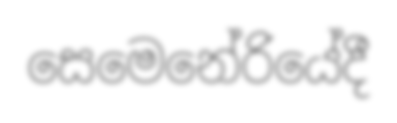
සෙමෙනේරියේදී